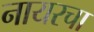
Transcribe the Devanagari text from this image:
नायरचा